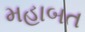
મહાબત